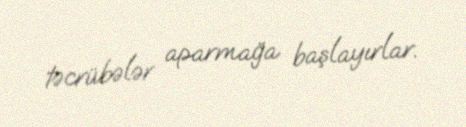
təcrübələr aparmağa başlayırlar.